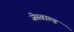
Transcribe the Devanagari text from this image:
जेस्वाल्ड